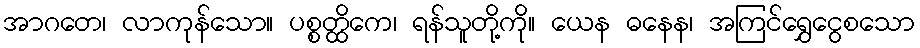
အာဂတေ၊ လာကုန်သော။ ပစ္စတ္ထိကေ၊ ရန်သူတို့ကို။ ယေန ဓနေန၊ အကြင်ရွှေငွေစသော